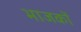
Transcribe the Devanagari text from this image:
भाजकों